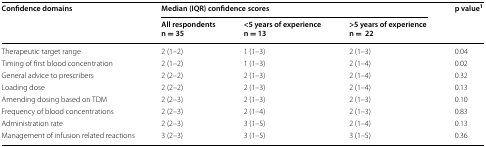
| <ROWSPAN=2> Confidence domains | <COLSPAN=3> Median (IQR) confidence scores | <ROWSPAN=2> p value1 |
 | All respondentsn = 35 | <5 years of experiencen = 13 | >5 years of experiencen =22 |
 | --- | --- | --- | --- | --- |
 | Therapeutic target range | 2 (1–2) | 1 (1–3) | 2 (1–3) | 0.04 |
 | Timing of first blood concentration | 2 (1–2) | 1 (1–3) | 2 (1–4) | 0.02 |
 | General advice to prescribers | 2 (2–2) | 2 (1–3) | 2 (1–4) | 0.32 |
 | Loading dose | 2 (2–2) | 2 (1–3) | 2 (1–4) | 0.13 |
 | Amending dosing based on TDM | 2 (2–3) | 2 (1–3) | 2 (1–3) | 0.10 |
 | Frequency of blood concentrations | 2 (2–3) | 2 (1–4) | 2 (1–3) | 0.83 |
 | Administration rate | 2 (2–3) | 3 (1–5) | 2 (1–4) | 0.13 |
 | Management of infusion related reactions | 3 (2–3) | 3 (1–5) | 3 (1–5) | 0.36 |